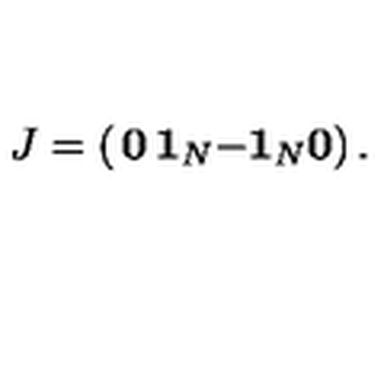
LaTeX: J = \left( \begin{matrix} { { \bf 0 } } & { { \bf 1 } _ { N } } \\ { - { \bf 1 } _ { N } } & { { \bf 0 } } \\ \end{matrix} \right) .